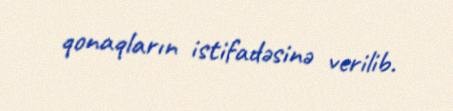
qonaqların istifadəsinə verilib.